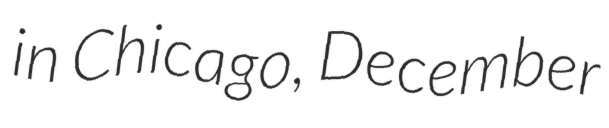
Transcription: in Chicago, December